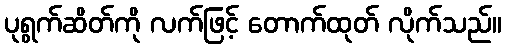
ပုရွက်ဆိတ်ကို လက်ဖြင့် တောက်ထုတ် လိုက်သည်။